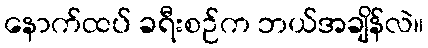
နောက်ထပ် ခရီးစဉ်က ဘယ်အချိန်လဲ။